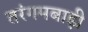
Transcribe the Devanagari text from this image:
तरंगमबाड़ी